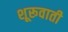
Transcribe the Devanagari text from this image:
शूरूवाती